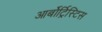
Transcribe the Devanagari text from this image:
आर्बोर्ट्रिस्टिस